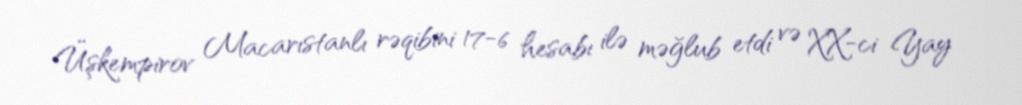
Üşkempirov Macarıstanlı rəqibini 17-6 hesabı ilə məğlub etdi və XX-ci Yay